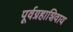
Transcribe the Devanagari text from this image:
पूर्वग्रहाशिवाय